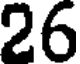
26